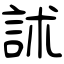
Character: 訹